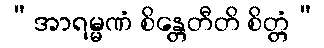
“အာရမ္မဏံ စိန္တေတီတိ စိတ္တံ”